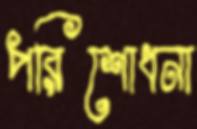
পরিশোধনা